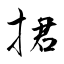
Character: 捃